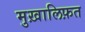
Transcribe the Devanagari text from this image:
मुख़ालिफ़त